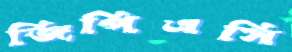
জিপিএসি